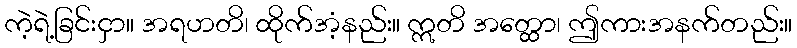
ကဲ့ရဲ့ခြင်းငှာ။ အရဟတိ၊ ထိုက်အံ့နည်း။ ဣတိ အတ္ထော၊ ဤကားအနက်တည်း။